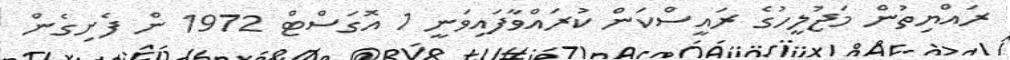
ރައްޔިތުން މަޖުލީހުގެ ރައީސްކަން ކުރައްވާފައިވަނީ 1 އޮގަސްޓް 1972 ން ފެށިގެން